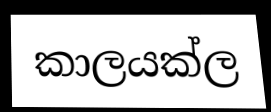
කාලයක්ල